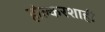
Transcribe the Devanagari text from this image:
होल्करशाही